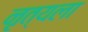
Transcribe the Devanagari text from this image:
नृत्यला